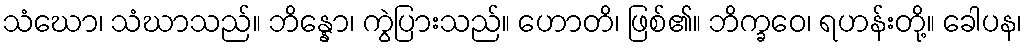
သံဃော၊ သံဃာသည်။ ဘိန္နော၊ ကွဲပြားသည်။ ဟောတိ၊ ဖြစ်၏။ ဘိက္ခဝေ၊ ရဟန်းတို့။ ခေါပန၊